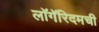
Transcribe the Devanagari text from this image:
लॉगॅरिदमची